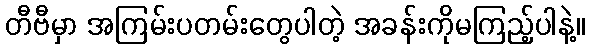
တီဗီမှာ အကြမ်းပတမ်းတွေပါတဲ့ အခန်းကိုမကြည့်ပါနဲ့။